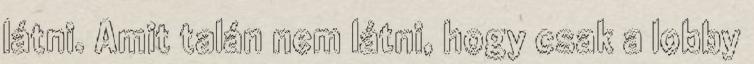
látni. Amit talán nem látni, hogy csak a lobby